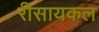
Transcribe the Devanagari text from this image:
रीसायकल